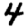
Digit: 4